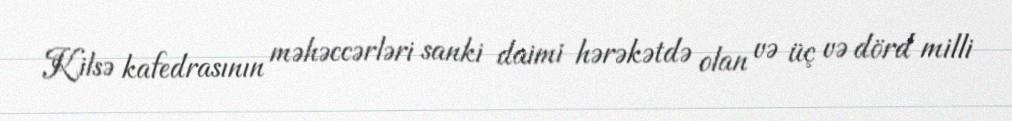
Kilsə kafedrasının məhəccərləri sanki daimi hərəkətdə olan və üç və dörd milli